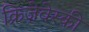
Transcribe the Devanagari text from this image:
क्रिज़ेवेस्की